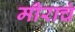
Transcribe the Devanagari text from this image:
मीराचं